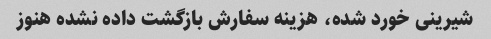
شیرینی خورد شده، هزینه سفارش بازگشت داده نشده هنوز